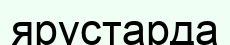
ярустарда